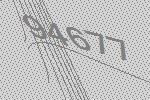
94677